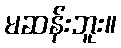
မဆန်းဘူး။